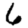
Digit: 6